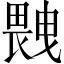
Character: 𤲼